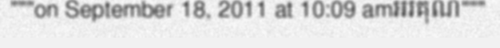
"""on September 18, 2011 at 10:09 amអរគុណ"""